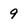
Character: 9